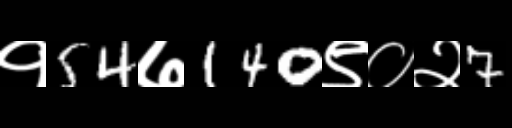
Text: १54७140९०२7